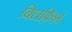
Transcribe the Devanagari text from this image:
बिलफ़िश